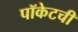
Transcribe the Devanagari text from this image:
पॉकेटची